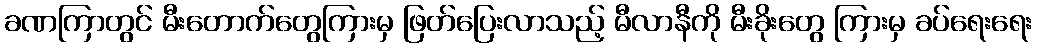
ခဏကြာတွင် မီးတောက်တွေကြားမှ ဖြတ်ပြေးလာသည့် မီလာနီကို မီးခိုးတွေ ကြားမှ ခပ်ရေးရေး